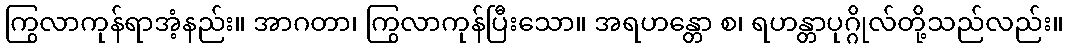
ကြွလာကုန်ရာအံ့နည်း။ အာဂတာ၊ ကြွလာကုန်ပြီးသော။ အရဟန္တော စ၊ ရဟန္တာပုဂ္ဂိုလ်တို့သည်လည်း။